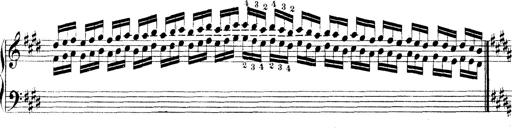
Title: Technische Studien
Composer: Franz Liszt